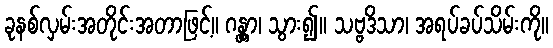
ခုနစ်လှမ်းအတိုင်းအတာဖြင့်။ ဂန္တွာ၊ သွား၍။ သဗ္ဗဒိသာ၊ အရပ်ခပ်သိမ်းကို။